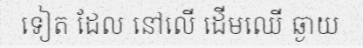
ទៀត ដែល នៅលើ ដើមឈើ ឆ្ងាយ